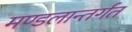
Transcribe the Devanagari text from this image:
मण्डलान्तर्गत